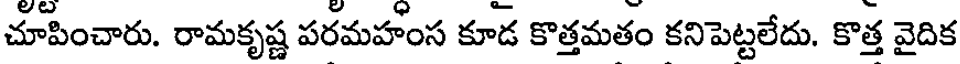
చూపించారు. రామకృష్ణ పరమహంస కూడ కొత్తమతం కనిపెట్టలేదు. కొత్త వైదిక